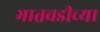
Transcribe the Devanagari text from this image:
भातवडीच्या